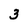
Character: 3